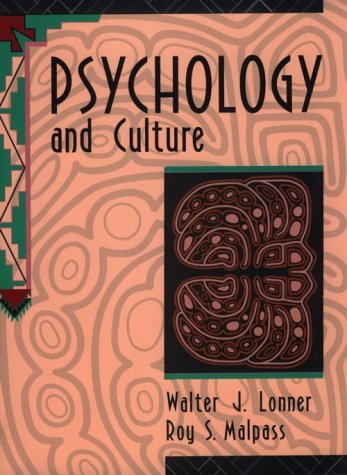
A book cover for Psychology and Culture; Walter J. Lonner; Medical Books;